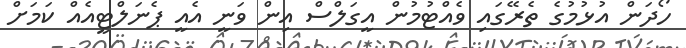
ހޯދަން އުޅުމުގެ ތެރޭގައި ވެއްޓުމުން އީގަލްސް އިން ވަނީ އެއީ ޕެނަލްޓީއެއް ކަމަށް